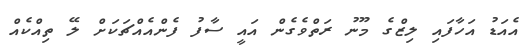
އެއަޑު އަހާފައި ލިޒްގެ މޫނު ރަތްވެގެން އައީ ސާފު ފެންއެއްޗަކަށް ލޭ ތިއްކެއް